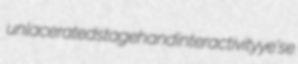
unlacerated stagehand interactivity ye'se